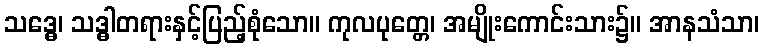
သဒ္ဓေ၊ သဒ္ဓါတရားနှင့်ပြည့်စုံသော။ ကုလပုတ္တေ၊ အမျိုးကောင်းသား၌။ အာနသံသာ၊